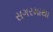
સગરમાથા